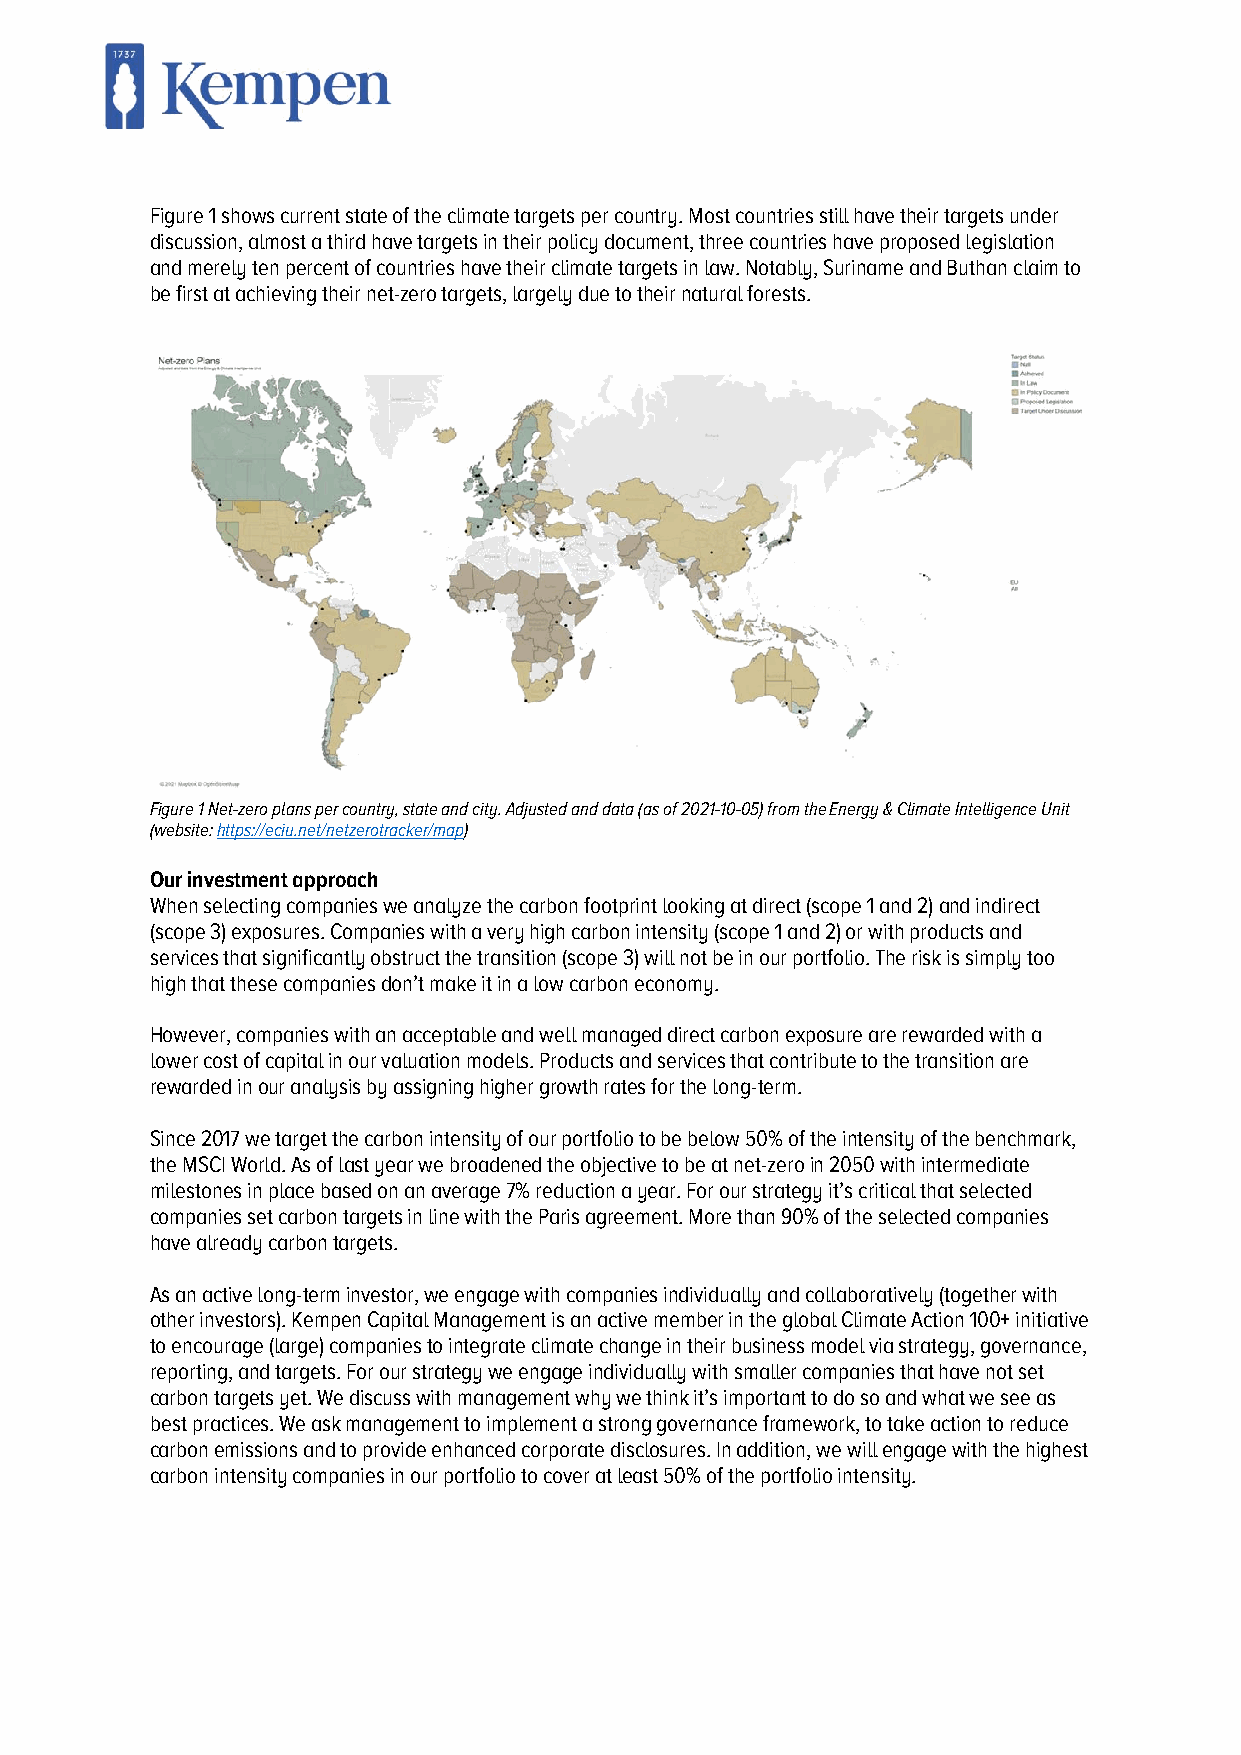
Figure 1 shows current state of the climate targets per country. Most countries still have their targets under
 discussion, almost a third have targets in their policy document, three countries have proposed legislation
 and merely ten percent of countries have their climate targets in law. Notably, Suriname and Buthan claim to
 be first at achieving their net-zero targets, largely due to their natural forests.
 Figure 1 Net-zero plans per country, state and city. Adjusted and data (as of 2021-10-05) from the Energy & Climate Intelligence Unit
 (website: https://eciu.net/netzerotracker/map)
 Our investment approach
 When selecting companies we analyze the carbon footprint looking at direct (scope 1 and 2) and indirect
 (scope 3) exposures. Companies with a very high carbon intensity (scope 1 and 2) or with products and
 services that significantly obstruct the transition (scope 3) will not be in our portfolio. The risk is simply too
 high that these companies don’t make it in a low carbon economy.
 However, companies with an acceptable and well managed direct carbon exposure are rewarded with a
 lower cost of capital in our valuation models. Products and services that contribute to the transition are
 rewarded in our analysis by assigning higher growth rates for the long-term.
 Since 2017 we target the carbon intensity of our portfolio to be below 50% of the intensity of the benchmark,
 the MSCI World. As of last year we broadened the objective to be at net-zero in 2050 with intermediate
 milestones in place based on an average 7% reduction a year. For our strategy it’s critical that selected
 companies set carbon targets in line with the Paris agreement. More than 90% of the selected companies
 have already carbon targets.
 As an active long-term investor, we engage with companies individually and collaboratively (together with
 other investors). Kempen Capital Management is an active member in the global Climate Action 100+ initiative
 to encourage (large) companies to integrate climate change in their business model via strategy, governance,
 reporting, and targets. For our strategy we engage individually with smaller companies that have not set
 carbon targets yet. We discuss with management why we think it’s important to do so and what we see as
 best practices. We ask management to implement a strong governance framework, to take action to reduce
 carbon emissions and to provide enhanced corporate disclosures. In addition, we will engage with the highest
 carbon intensity companies in our portfolio to cover at least 50% of the portfolio intensity.